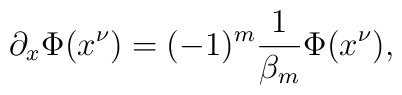
\partial_{x}\Phi(x^{\nu})=(-1)^{m}\frac{1}{\beta_{m}}\Phi(x^{\nu}),